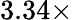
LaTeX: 3.34\times